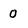
Character: 0